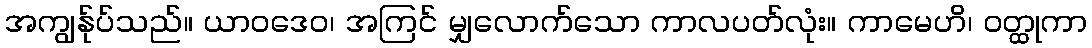
အကျွန်ုပ်သည်။ ယာဝဒေဝ၊ အကြင် မျှလောက်သော ကာလပတ်လုံး။ ကာမေဟိ၊ ဝတ္ထုကာ